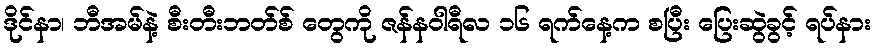
ဒိုင်နာ၊ ဘီအမ်နဲ့ စီးတီးဘတ်စ် တွေကို ဇန်နဝါရီလ ၁၆ ရက်နေ့က စပြီး ပြေးဆွဲခွင့် ရပ်နား